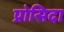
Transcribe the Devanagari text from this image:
प्रोसिदा